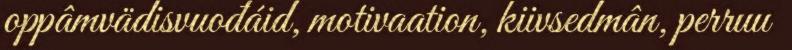
oppâmvädisvuođáid, motivaation, kiivsedmân, perruu